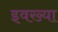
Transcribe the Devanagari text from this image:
इवख्या